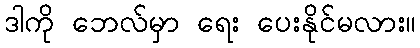
ဒါကို ဘေလ်မှာ ရေး ပေးနိုင်မလား။